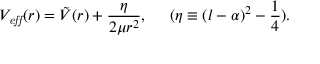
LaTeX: V _ { \it e f f } ( r ) = \tilde { V } ( r ) + \frac { \eta } { 2 \mu r ^ { 2 } } , \; \; \; \; \; ( \eta \equiv ( l - \alpha ) ^ { 2 } - \frac { 1 } { 4 } ) .